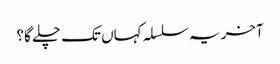
آخر یہ سلسلہ کہاں تک چلے گا؟